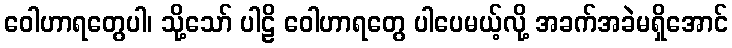
ဝေါဟာရတွေပါ၊ သို့သော် ပါဠိ ဝေါဟာရတွေ ပါပေမယ့်လို့ အခက်အခဲမရှိအောင်